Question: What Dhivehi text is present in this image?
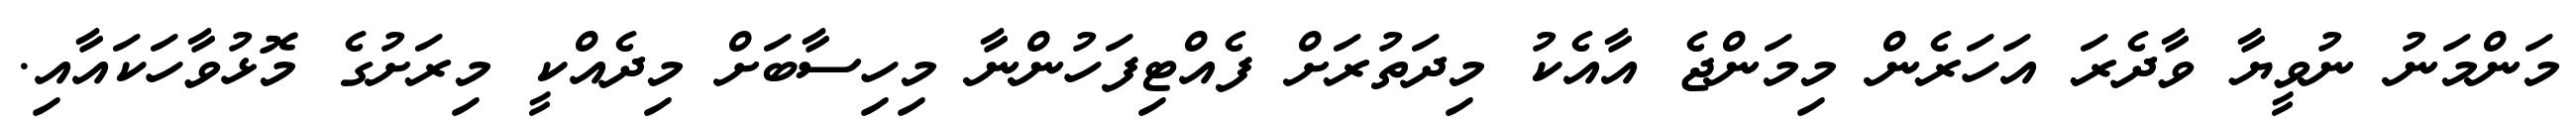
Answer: މަންމަނު ނުވީޔާ ވާދެރަ އަހަރެން މިމަންޖެ އާއެކު މިދަތުރަށް ފެއްޓިފަހުންނާ މިހިސާބަށް މިދެއްކީ މިރަށުގެ މޮޅުވާހަކައާއި.